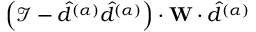
\left( \mathcal { I } - \hat { d } ^ { ( \alpha ) } \hat { d } ^ { ( \alpha ) } \right) \cdot \mathbf { W } \cdot \hat { d } ^ { ( \alpha ) }